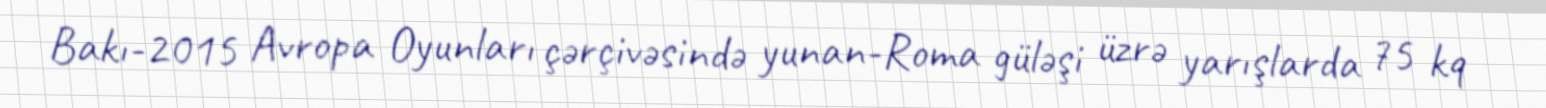
Bakı-2015 Avropa Oyunları çərçivəsində yunan-Roma güləşi üzrə yarışlarda 75 kq